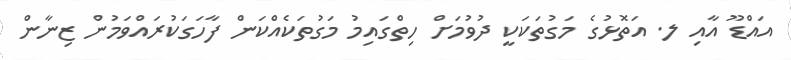
އައްޑޫ އާއި ލ. އަތޮޅުގެ މަގުތަކަކީ ދުވުމަށް ހިތްގައިމު މަގުތަކެއްކަން ފާހަގަކުރައްވަމުން ޒިނާން